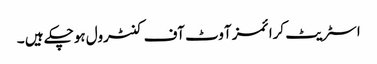
اسٹریٹ کرائمز آوٹ آف کنٹرول ہوچکے ہیں ۔